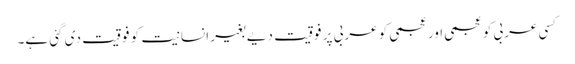
کسی عربی کو عجمی اور عجمی کو عربی پر فوقیت دیے بغیر انسانیت کو فوقیت دی گئی ہے۔